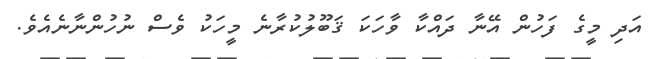
އަދި މީގެ ފަހުން އޭނާ ދައްކާ ވާހަކަ ޤަބޫލުކުރާނެ މީހަކު ވެސް ނުހުންނާނެއެވެ.